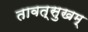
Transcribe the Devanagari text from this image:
तावत्सुखम्